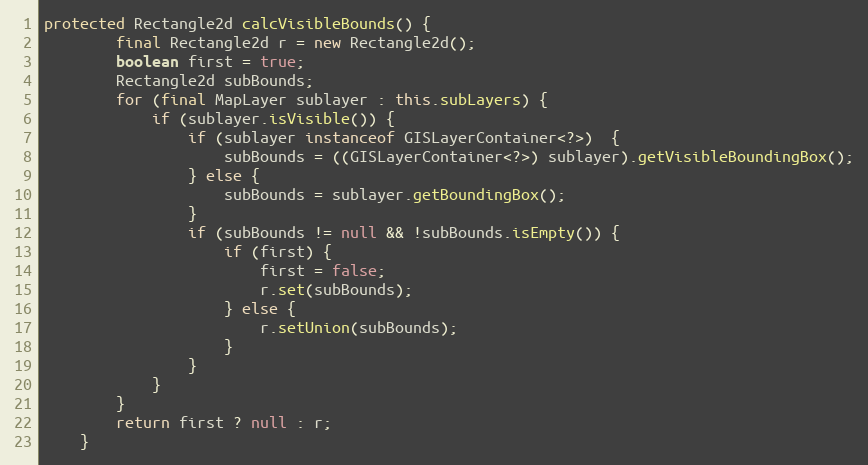
Language: Java
protected Rectangle2d calcVisibleBounds() {
		final Rectangle2d r = new Rectangle2d();
		boolean first = true;
		Rectangle2d subBounds;
		for (final MapLayer sublayer : this.subLayers) {
			if (sublayer.isVisible()) {
				if (sublayer instanceof GISLayerContainer<?>)  {
					subBounds = ((GISLayerContainer<?>) sublayer).getVisibleBoundingBox();
				} else {
					subBounds = sublayer.getBoundingBox();
				}
				if (subBounds != null && !subBounds.isEmpty()) {
					if (first) {
						first = false;
						r.set(subBounds);
					} else {
						r.setUnion(subBounds);
					}
				}
			}
		}
		return first ? null : r;
	}